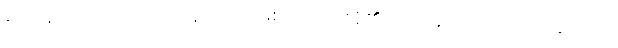
ဝေဒနာဇာတိကာ၊ ဝေဒနာလျှင် ဖြစ်ကြောင်းရှိ၏။ ဝေဒနာပဘဝါ၊ ဝေဒနာလျှင်